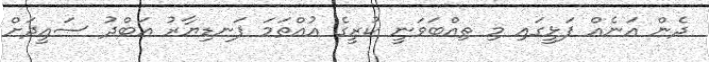
ދެން އަނެއް ފަޅީގައި މި ތިއްބަވަނީ ކުރީގެ އުއްތަމަ ފަނޑިޔާރު އަބްދު ސައީދަށް